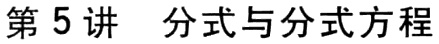
第5讲 分式与分式方程